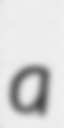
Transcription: a